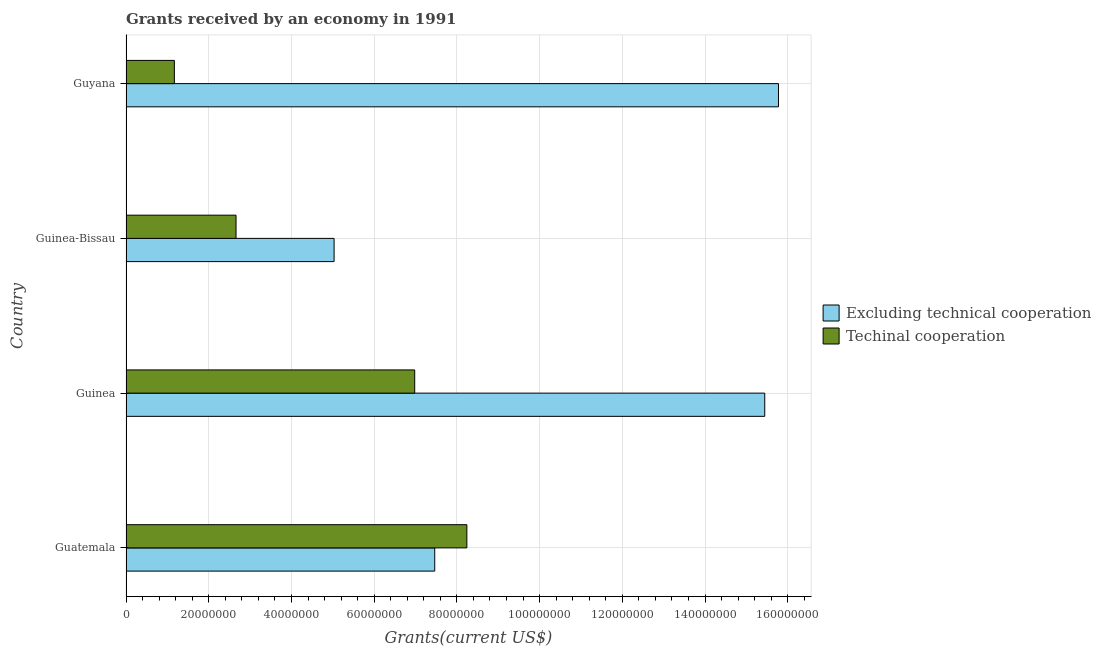
| Country | Excluding technical cooperation | Techinal cooperation |
 | --- | --- | --- |
 | Guatemala | 7.46e+07 | 8.24e+07 |
 | Guinea | 1.54e+08 | 6.98e+07 |
 | Guinea-Bissau | 5.03e+07 | 2.66e+07 |
 | Guyana | 1.58e+08 | 1.17e+07 |